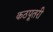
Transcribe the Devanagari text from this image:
कठपूतरी